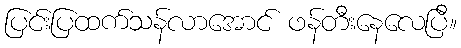
ပြင်းပြထက်သန်လာအောင် ဖန်တီးနေလေပြီ။